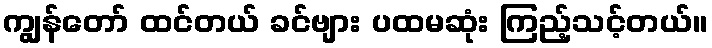
ကျွန်တော် ထင်တယ် ခင်ဗျား ပထမဆုံး ကြည့်သင့်တယ်။